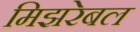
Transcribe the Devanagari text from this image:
मिझरेबल